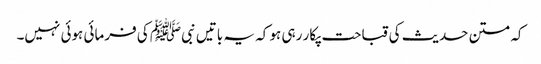
کہ متن حدیث کی قباحت پکار رہی ہو کہ یہ باتیں نبیﷺ کی فرمائی ہوئی نہیں۔